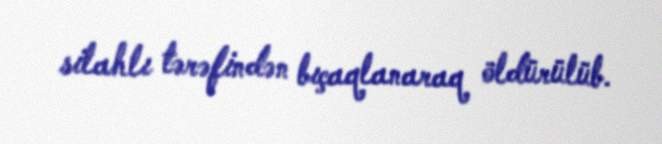
silahlı tərəfindən bıçaqlanaraq öldürülüb.